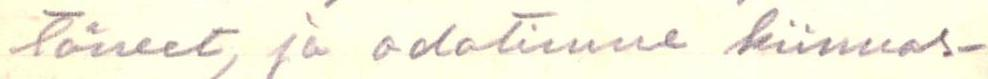
täneet, ja odotimme kiinnos-